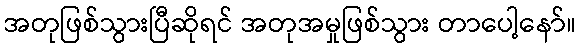
အတုဖြစ်သွားပြီဆိုရင် အတုအမှုဖြစ်သွား တာပေါ့နော်။